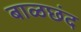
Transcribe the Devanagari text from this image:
बाळछंद